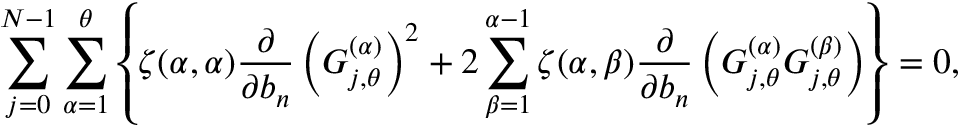
\sum _ { j = 0 } ^ { N - 1 } \sum _ { \alpha = 1 } ^ { \theta } \left\{ \zeta ( \alpha , \alpha ) \frac { \partial } { \partial b _ { n } } \left( G _ { j , \theta } ^ { ( \alpha ) } \right) ^ { 2 } + 2 \sum _ { \beta = 1 } ^ { \alpha - 1 } \zeta ( \alpha , \beta ) \frac { \partial } { \partial b _ { n } } \left( G _ { j , \theta } ^ { ( \alpha ) } G _ { j , \theta } ^ { ( \beta ) } \right) \right\} = 0 ,